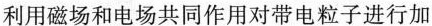
利用磁场和电场共同作用对带电粒子进行加